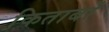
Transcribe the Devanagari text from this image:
कि़ताबों